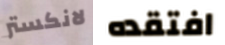
لانكستر افتقده